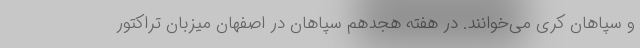
و سپاهان کُری می‌خوانند. در هفته هجدهم سپاهان در اصفهان میزبان تراکتور